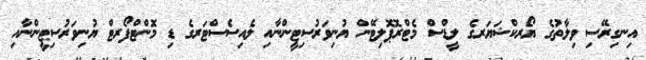
އިނގިރޭސި ވިލާތުގެ ޔޯރކްޝަޔަރގެ ލީޑްސް މެޓްރޮޕޮލިޓޭން ޔުނިވަރުސިޓީންނާއި ލެއިސެސްޓަރގެ ޑި މޮންޓްފޯރޓް ޔުނިވަރުސިޓީންނާއި